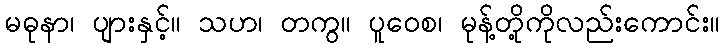
မဓုနာ၊ ပျားနှင့်။ သဟ၊ တကွ။ ပူဝေစ၊ မုန့်တို့ကိုလည်းကောင်း။